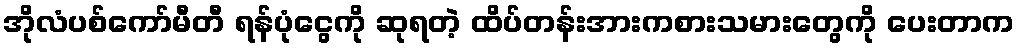
အိုလံပစ်ကော်မီတီ ရန်ပုံငွေကို ဆုရတဲ့ ထိပ်တန်းအားကစားသမားတွေကို ပေးတာက